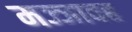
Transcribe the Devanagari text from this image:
मज्जावह